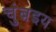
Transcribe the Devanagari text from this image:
चुंब़इय